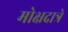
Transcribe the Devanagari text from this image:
मोक्षदात्रे